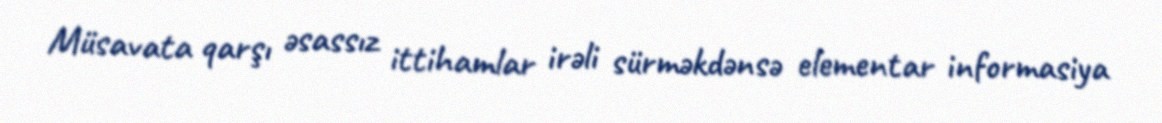
Müsavata qarşı əsassız ittihamlar irəli sürməkdənsə elementar informasiya